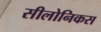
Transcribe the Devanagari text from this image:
सीलोनिकस